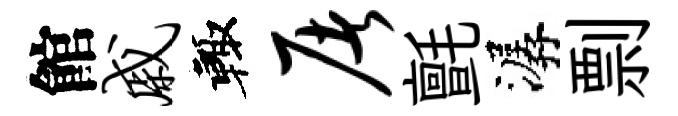
館戚輙屠氈潺剽